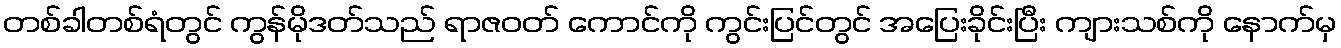
တစ်ခါတစ်ရံတွင် ကွန်မိုဒတ်သည် ရာဇဝတ် ကောင်ကို ကွင်းပြင်တွင် အပြေးခိုင်းပြီး ကျားသစ်ကို နောက်မှ